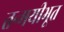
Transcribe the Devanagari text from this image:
तन्मयीभूत